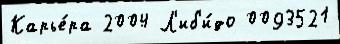
Карье́ра 2004 Л'иб'и́до 0093521